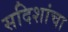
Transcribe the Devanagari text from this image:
सदिशांचा